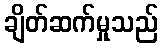
ချိတ်ဆက်မှုသည်